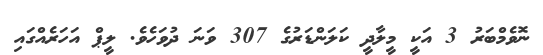
ނޮވެމްބަރު 3 އަކީ މީލާދީ ކަލަންޑަރުގެ 307 ވަނަ ދުވަހެވެ. ލީޕް އަހަރެއްގައި